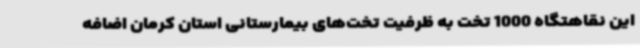
این نقاهتگاه 1000 تخت به ظرفیت تخت‌های بیمارستانی استان کرمان اضافه